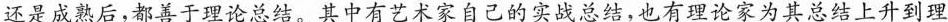
还是成熟后，都善于理论总结。其中有艺术家自己的实战总结，也有理论家为其总结上升到理